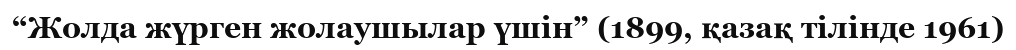
“Жолда жүрген жолаушылар үшін” (1899, қазақ тілінде 1961)